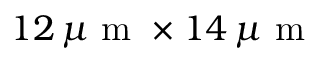
1 2 \, \mu \mathrm { ~ m ~ } \times 1 4 \, \mu \mathrm { ~ m ~ }